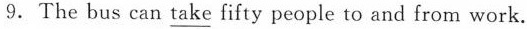
9.The bus can \underline{take} fifty people to and from work.